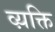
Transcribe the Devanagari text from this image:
व्य़क्ति